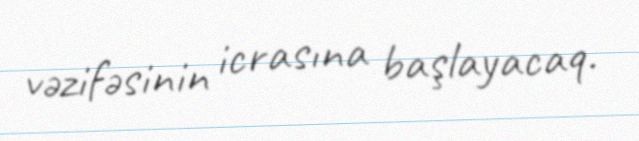
vəzifəsinin icrasına başlayacaq.